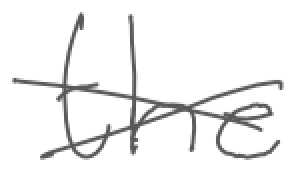
Text: the
Cross-out: mix
Writing tool: digital_gray